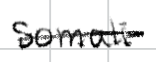
Text: Somali
Cross-out: single-line
Writing tool: digital_black